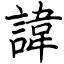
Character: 諱